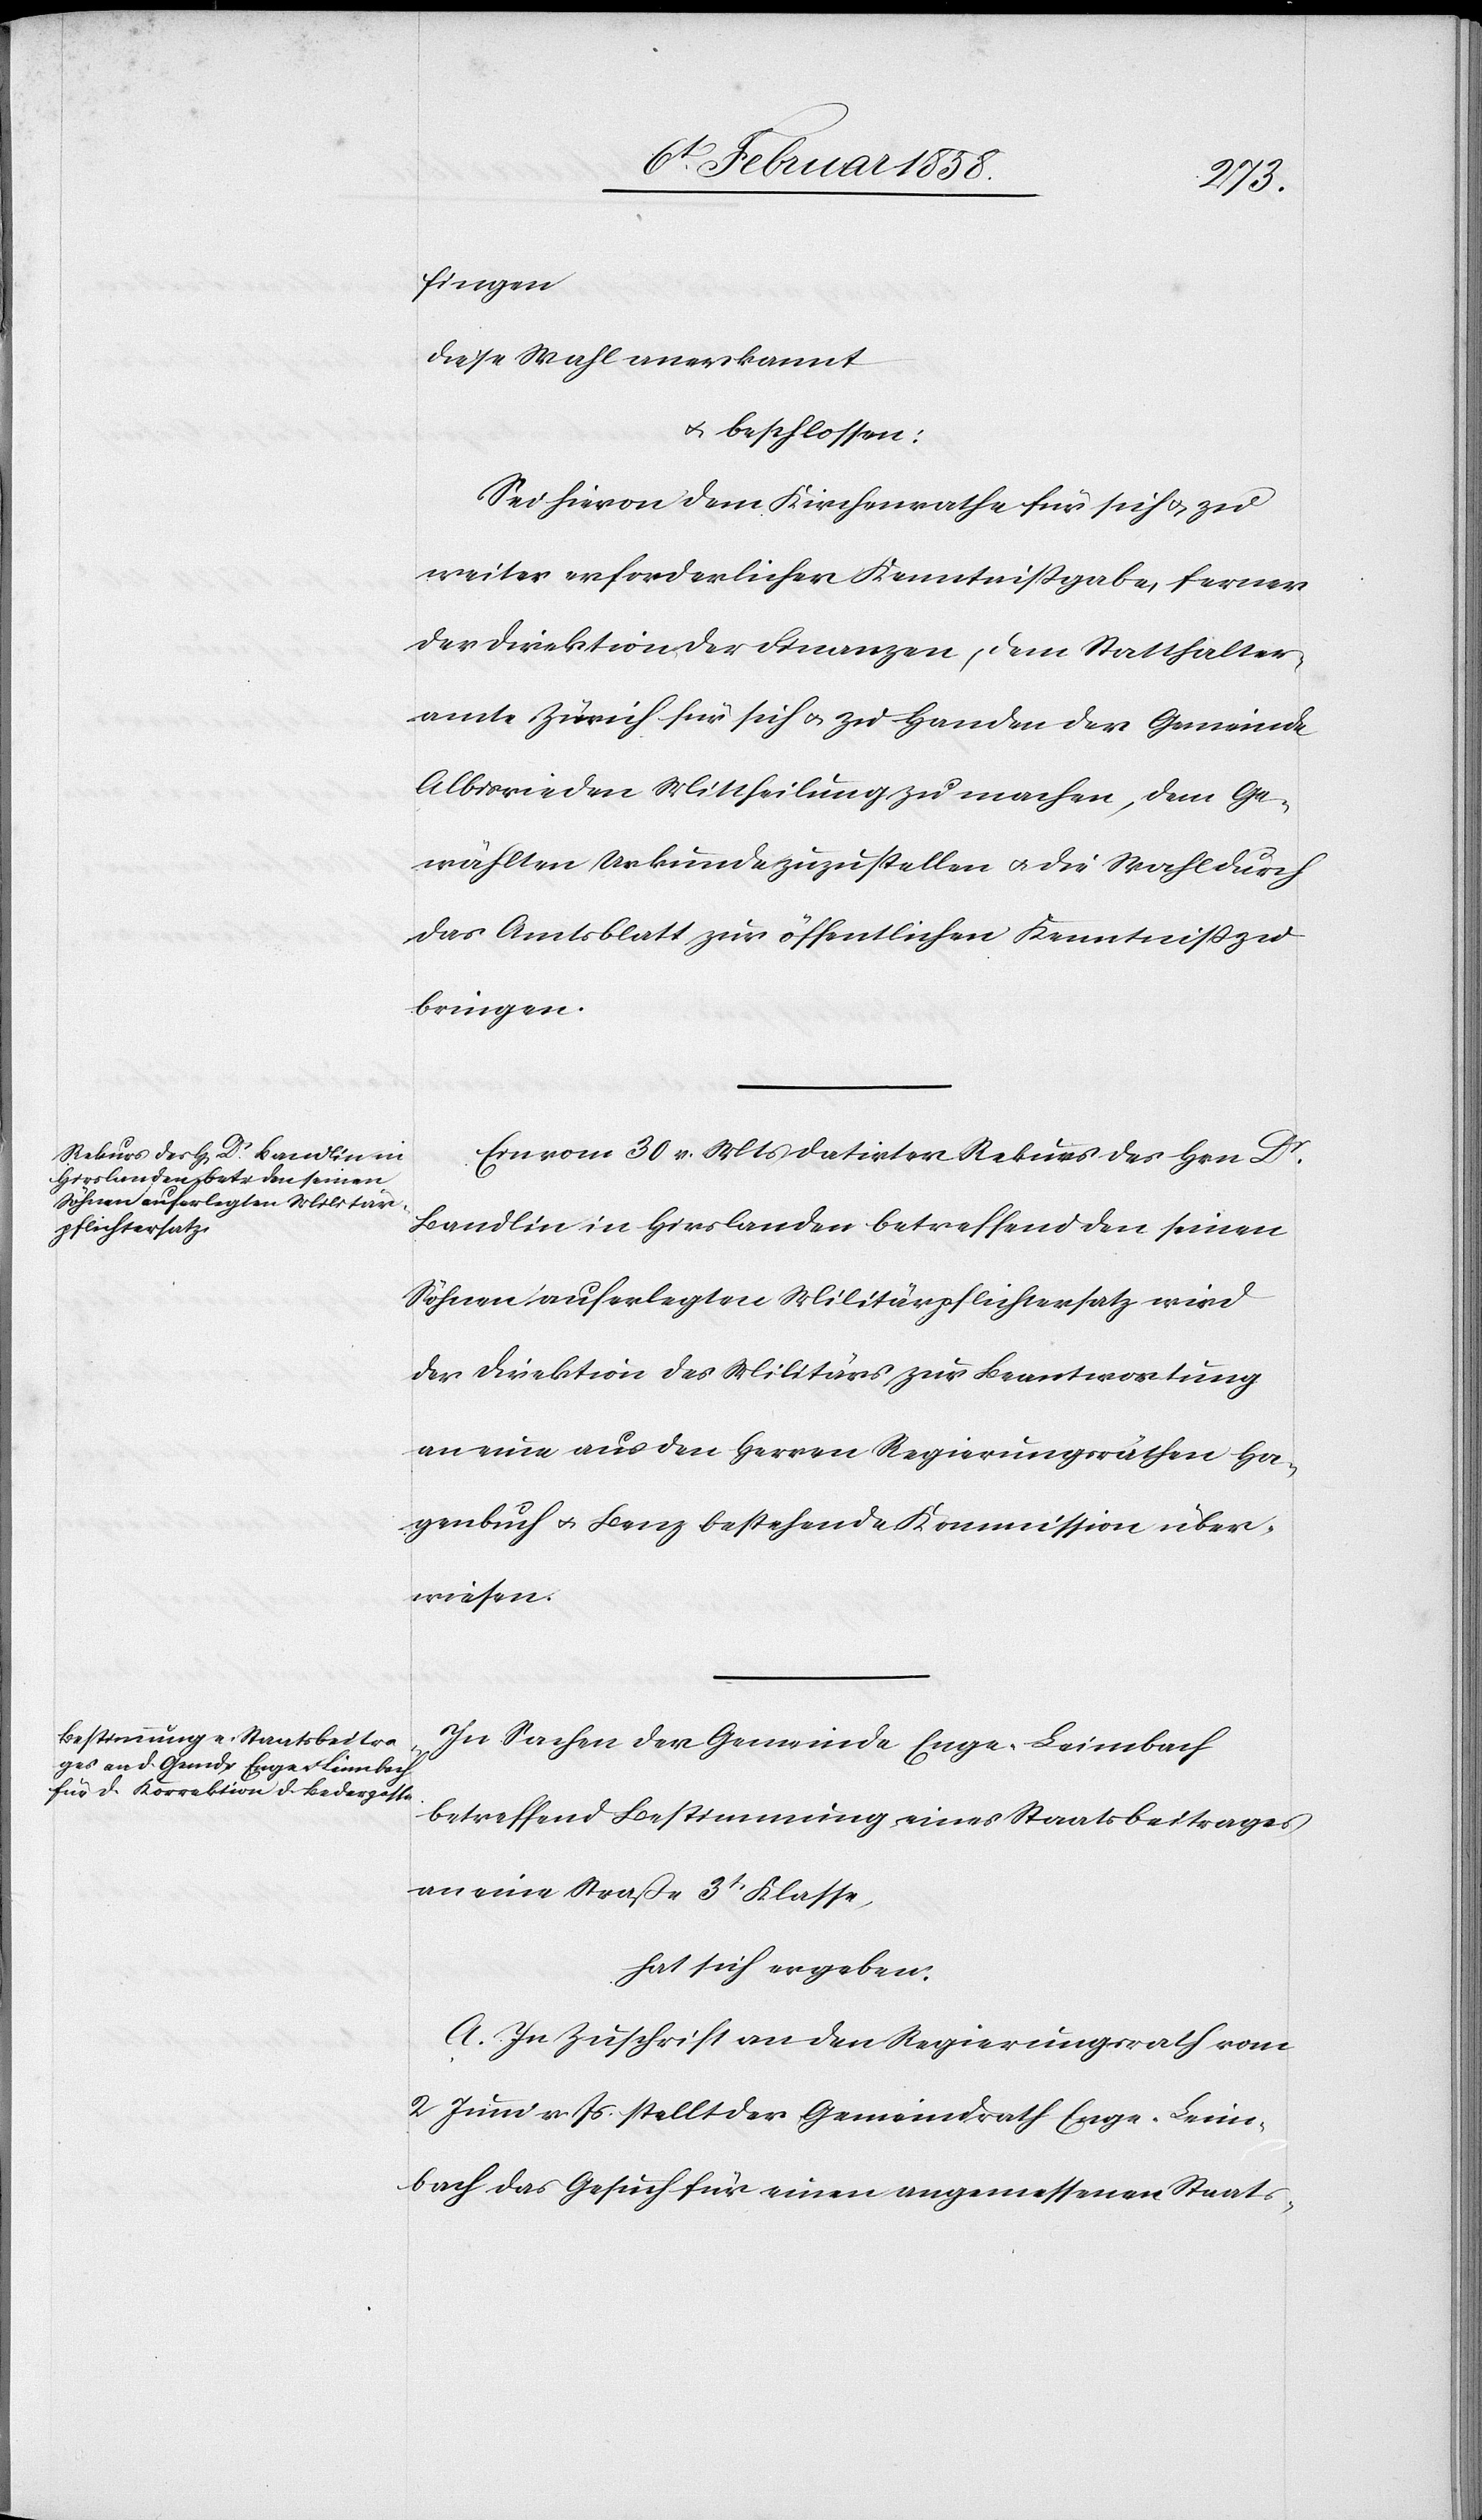
fingen
diese Wahl anerkannt
u. beschlossen:
Sei hievon dem Kirchenrathe für sich u. zu
weiter erforderlicher Kenntnißgabe, ferner
der Direktion der Finanzen, dem Statthalter¬
amte Zürich für sich u. zu Handen der Gemeinde
Albisrieden Mittheilung zu machen, dem Ge¬
wählten Urkunde zuzustellen u. die Wahl durch
das Amtsblatt zur öffentlichen Kenntniß zu
bringen.
Ein vom 30. v. Mts datirter Rekurs des Hrn. Dr
Bandlin in Hirslanden betreffend den seinen
Söhnen auferlegten Militärpflichtersatz wird
der Direktion des Militärs zur Beantwortung
an eine aus den Herren Regierungsräthen Ha¬
genbuch u. Benz bestehende Kommission über¬
wiesen.
In Sachen der Gemeinde Enge-Leimbach
betreffend Bestimmung eines Staatsbeitrages
an eine Straße 3t Klasse,
hat sich ergeben:
A. In Zuschrift an den Regierungsrath vom
2 Juni v. Js. stellt der Gemeindrath Enge-Leim¬
bach das Gesuch für einen angemessenen Staats-